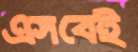
এসবেই